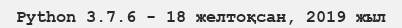
Python 3.7.6 - 18 желтоқсан, 2019 жыл